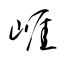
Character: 崕